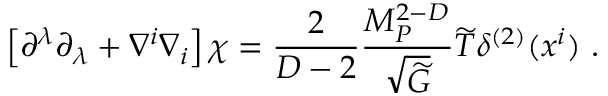
\left[ \partial ^ { \lambda } \partial _ { \lambda } + \nabla ^ { i } \nabla _ { i } \right] \chi = { \frac { 2 } { D - 2 } } { \frac { M _ { P } ^ { 2 - D } } { \sqrt { \widetilde G } } } { \widetilde T } \delta ^ { ( 2 ) } ( x ^ { i } ) ~ .